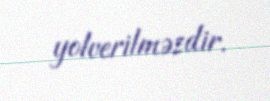
yolverilməzdir.